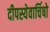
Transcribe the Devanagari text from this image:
दीपस्येवार्चिषो